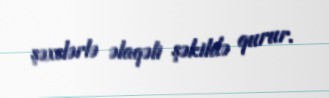
şəxslərlə əlaqəli şəkildə qurur.